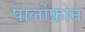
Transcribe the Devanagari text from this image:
पार्लोफ़ोन